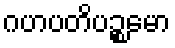
ဂဟပတိပဉ္စမော